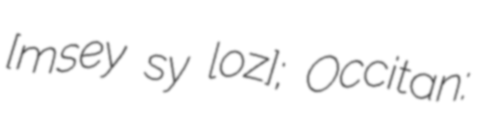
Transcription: ​[mɔ̃seɡyʁ syʁ lozɔ̃]; Occitan: